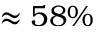
\approx 5 8 \%